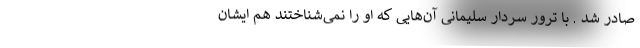
صادر شد . با ترور سردار سلیمانی آن‌هایی که او را نمی‌شناختند هم ایشان